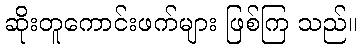
ဆိုးတူကောင်းဖက်များ ဖြစ်ကြ သည်။